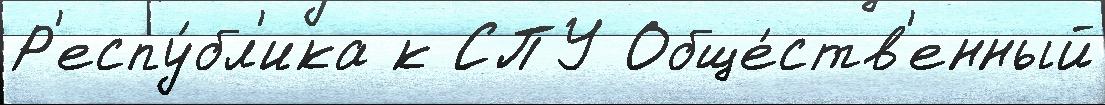
Р'еспу́бл'ика к СПУ Обще́ств'енный